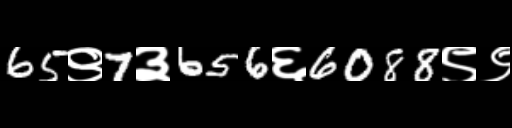
Text: 65९7३656६6088९९